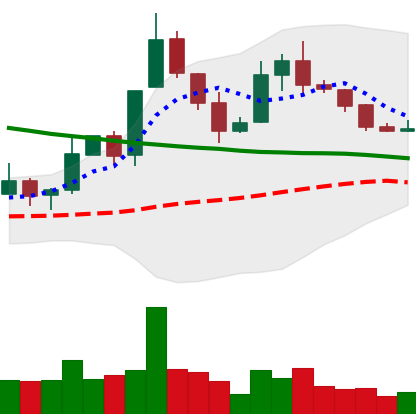
Ticker: XLM-USD
Chart end date: 2019-11-17
Forward return: -17.515%
Label: down_7plus